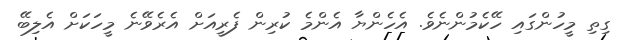
ގިތި މީހުންގައި ހޭކެމުންނެވެ. އެހެންޔާ އެންމެ ކުރިން ފެރީއަށް އެރެވޭނެ މީހަކަށް އެލިބޭ